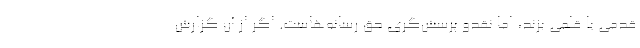
قدمی یا قلمی بزند، اما نقدو پرسش‌گری حق رسانه‌هاست. اگر از آن گزارش